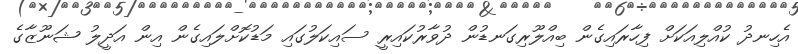
އެހިނދު ކުއްލިއަކަށް ފިހާރައިގެން ބިއްލޫރިގަނޑުން ދުވާރުކައިރީ ސައިކަލުގައި މަޑުކޮށްލައިގެން އިން އަދީލު ޝަނޫޒާގެ